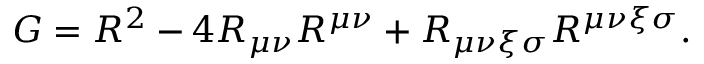
G = R ^ { 2 } - 4 R _ { \mu \nu } R ^ { \mu \nu } + R _ { \mu \nu \xi \sigma } R ^ { \mu \nu \xi \sigma } .